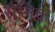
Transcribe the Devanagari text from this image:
सैनिक्